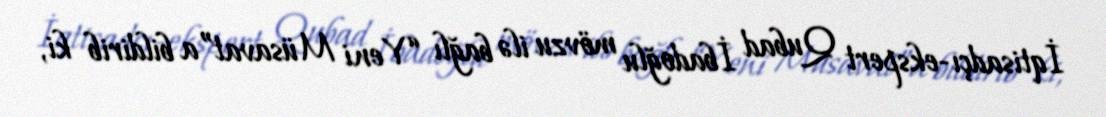
İqtisadçı-ekspert Qubad İbadoğlu mövzu ilə bağlı “Yeni Müsavat”a bildirib ki,